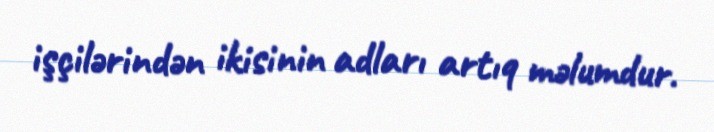
işçilərindən ikisinin adları artıq məlumdur.